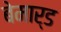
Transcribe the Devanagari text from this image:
बेमार्ड